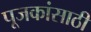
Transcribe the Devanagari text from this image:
पूजकांसाठी